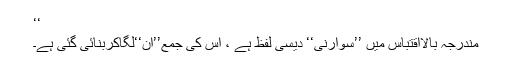
‘‘
مُندرجہ بالااقتباس میں ’’سوارنی‘‘ دیسی لفظ ہے ، اس کی جمع’’ان‘‘لگاکربنائی گئی ہے۔